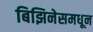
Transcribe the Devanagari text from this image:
बिझिनेसमधून